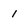
Character: 1